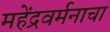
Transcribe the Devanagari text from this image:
महेंद्रवर्मनाचा